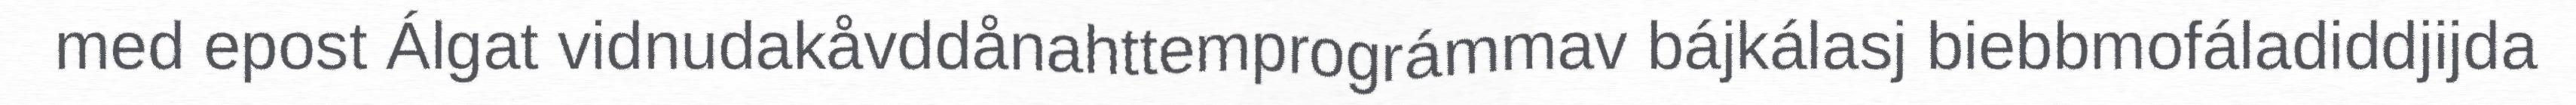
med epost Álgat vidnudakåvddånahttemprográmmav bájkálasj biebbmofáladiddjijda